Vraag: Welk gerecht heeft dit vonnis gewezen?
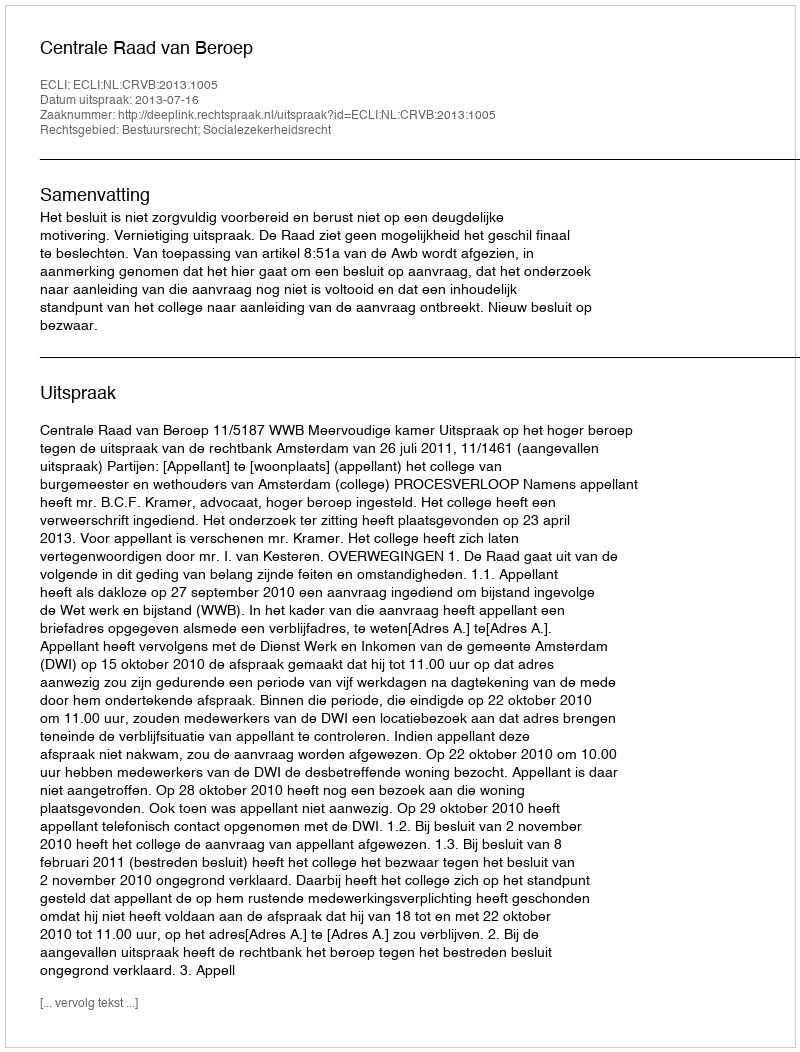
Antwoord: Centrale Raad van Beroep